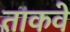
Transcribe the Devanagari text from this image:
ताकवे